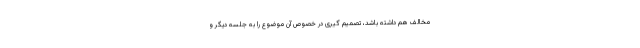
مخالف هم داشته باشد، تصمیم گیری در خصوص آن موضوع را به جلسه دیگر و